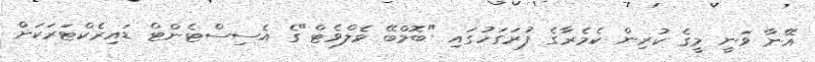
އޭނާ ވަނީ މީގެ ކުރިން ކެމެރާގެ ފުރަގަހުގައި "ބޮމްބޭ ވެލްވެޓް"ގެ އެސިސްޓެންޓް ޑައިރެކްޓަރަކަށް